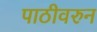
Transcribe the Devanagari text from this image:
पाठीवरुन